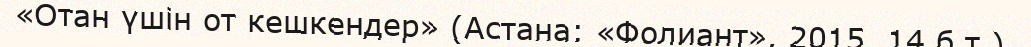
«Отан үшін от кешкендер» (Астана: «Фолиант», 2015, 14 б.т.).